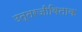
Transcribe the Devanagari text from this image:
उत्तरजीविताक